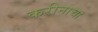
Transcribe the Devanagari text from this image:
करीनाचा